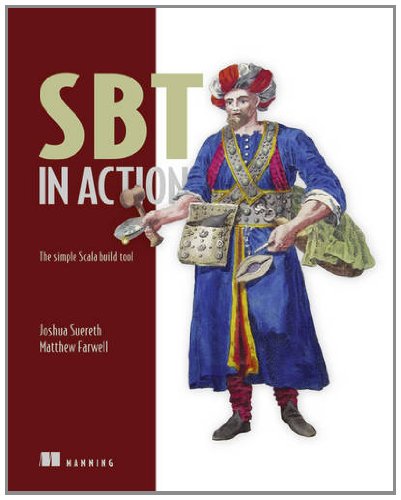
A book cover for SBT in Action: The simple Scala build tool; Josh Suereth; Computers & Technology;